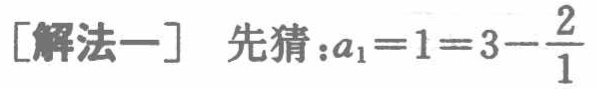
[解法一] 先猜：\(a_{1}=1 = 3 - \frac{2}{1}\)